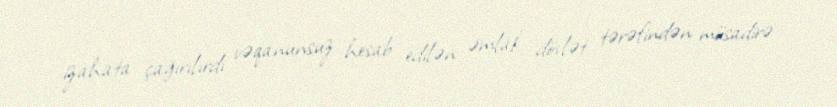
izahata çağırılırdı vəqanunsuz hesab edilən əmlak dövlət tərəfindən müsadirə